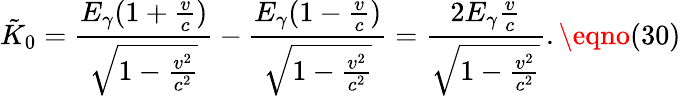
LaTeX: \tilde{K}_{0}=\frac{E_{\gamma}(1+\frac{v}c)}{\sqrt{1-\frac{v^{2}}{c^{2}}}}-\frac{E_{\gamma}(1-\frac{v}c)}{\sqrt{1-\frac{v^{2}}{c^{2}}}}=\frac{2E_{\gamma}\frac{v}c}{\sqrt{1-\frac{v^{2}}{c^{2}}}}.\eqno(30)